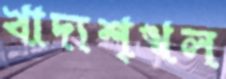
খাদ্যশৃঙ্খল